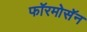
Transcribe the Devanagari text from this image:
फॉरमोसॅन